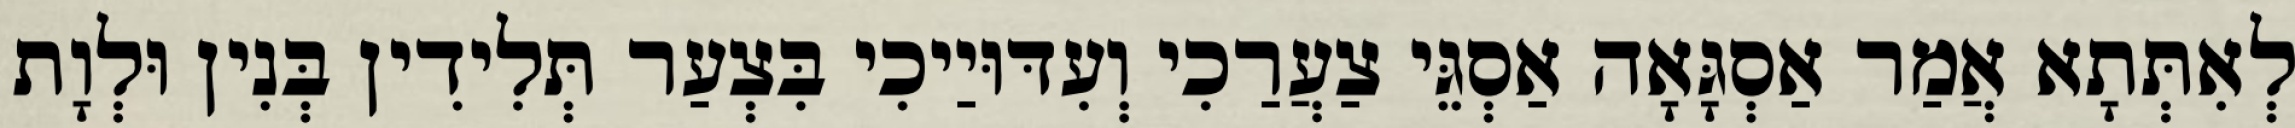
לְאִתְּתָא אֲמַר אַסְגָּאָה אַסְגֵּי צַעֲרַכִי וְעִדּוּיַיכִי בִּצְעַר תְּלִידִין בְּנִין וּלְוָת